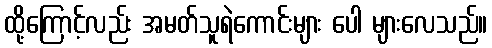
ထို့ကြောင့်လည်း အမတ်သူရဲကောင်းများ ပေါ များလေသည်။